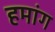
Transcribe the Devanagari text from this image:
हमांग